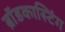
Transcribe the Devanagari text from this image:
ब्राॅडकास्टिंग